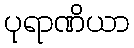
ပုရာဏိယာ